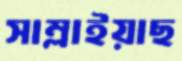
সাম্‌লাইয়াছ